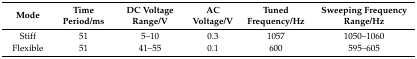
<table><thead><tr><td><b>Mode</b></td><td><b>Time Period/ms</b></td><td><b>DC Voltage Range/V</b></td><td><b>AC Voltage/V</b></td><td><b>Tuned Frequency/Hz</b></td><td><b>Sweeping Frequency Range/Hz</b></td></tr></thead><tbody><tr><td>Stiff</td><td>51</td><td>5–10</td><td>0.3</td><td>1057</td><td>1050–1060</td></tr><tr><td>Flexible</td><td>51</td><td>41–55</td><td>0.1</td><td>600</td><td>595–605</td></tr></tbody></table>